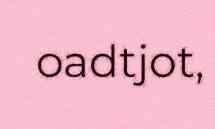
oadtjot,